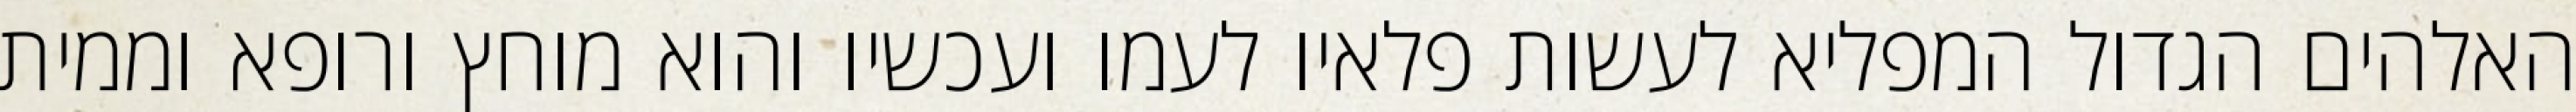
האלהים הגדול המפליא לעשות פלאיו לעמו ועכשיו והוא מוחץ ורופא וממית